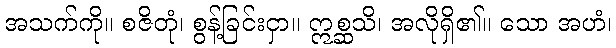
အသက်ကို။ စဇိတုံ၊ စွန့်ခြင်းငှာ။ ဣစ္ဆသိ၊ အလိုရှိ၏။ သော အဟံ၊